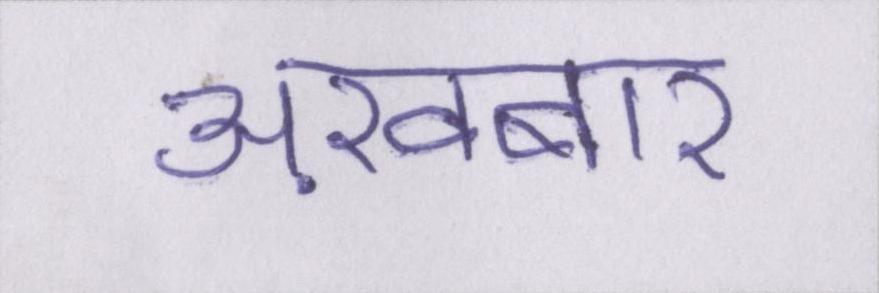
अख़बार